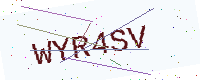
Text: WYR4SV